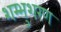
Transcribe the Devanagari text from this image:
शम्भुशरण